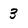
Character: 3